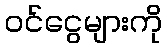
ဝင်ငွေများကို